画像に写った文字を読んでください
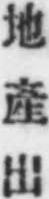
「地產出」と書いてあります